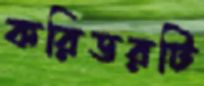
করিডরটি